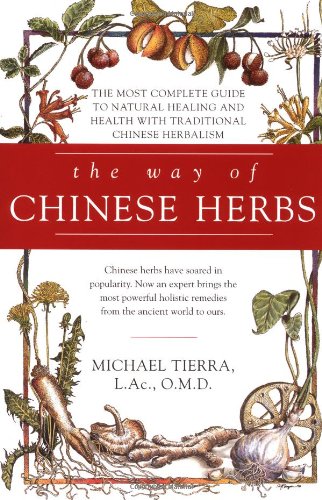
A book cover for The Way of Chinese Herbs; Michael Tierra; Health, Fitness & Dieting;